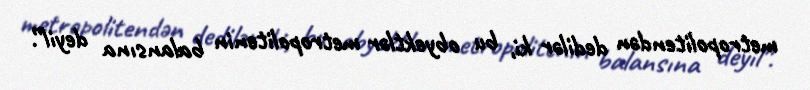
metropolitendən dedilər ki, bu obyektlər metropolitenin balansına deyil”.